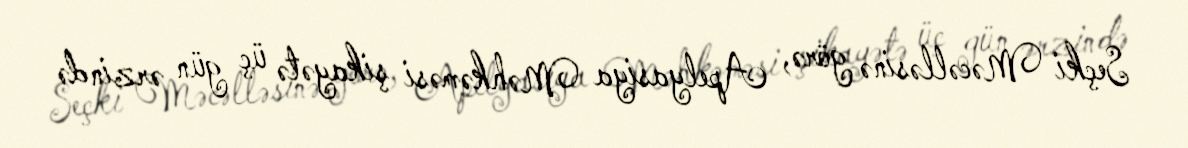
Seçki Məcəlləsinə görə, Apelyasiya Məhkəməsi şikayətə üç gün ərzində